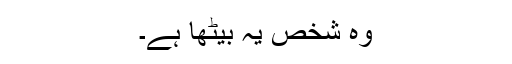
وہ شخص یہ بیٹھا ہے۔